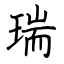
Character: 瑞